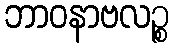
ဘာဝနာဗလဉ္စ